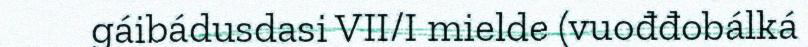
gáibádusdasi VII/I mielde (vuođđobálká